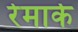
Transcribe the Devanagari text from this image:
रेमार्क